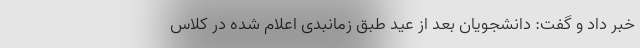
خبر داد و گفت: دانشجویان بعد از عید طبق زمانبدی اعلام شده در کلاس